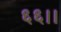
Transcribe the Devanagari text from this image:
६६।।